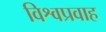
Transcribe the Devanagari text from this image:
विश्वप्रवाह